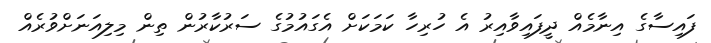
ފައިސާގެ އިނާމެއް ދީފައިވާއިރު އެ ހުރިހާ ކަމަކަށް އެގައުމުގެ ސަރުކާރުން ތިން މިލިއަނަށްވުރެއް